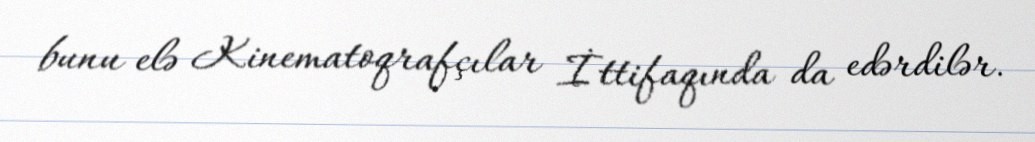
bunu elə Kinematoqrafçılar İttifaqında da edərdilər.